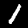
Digit: 1